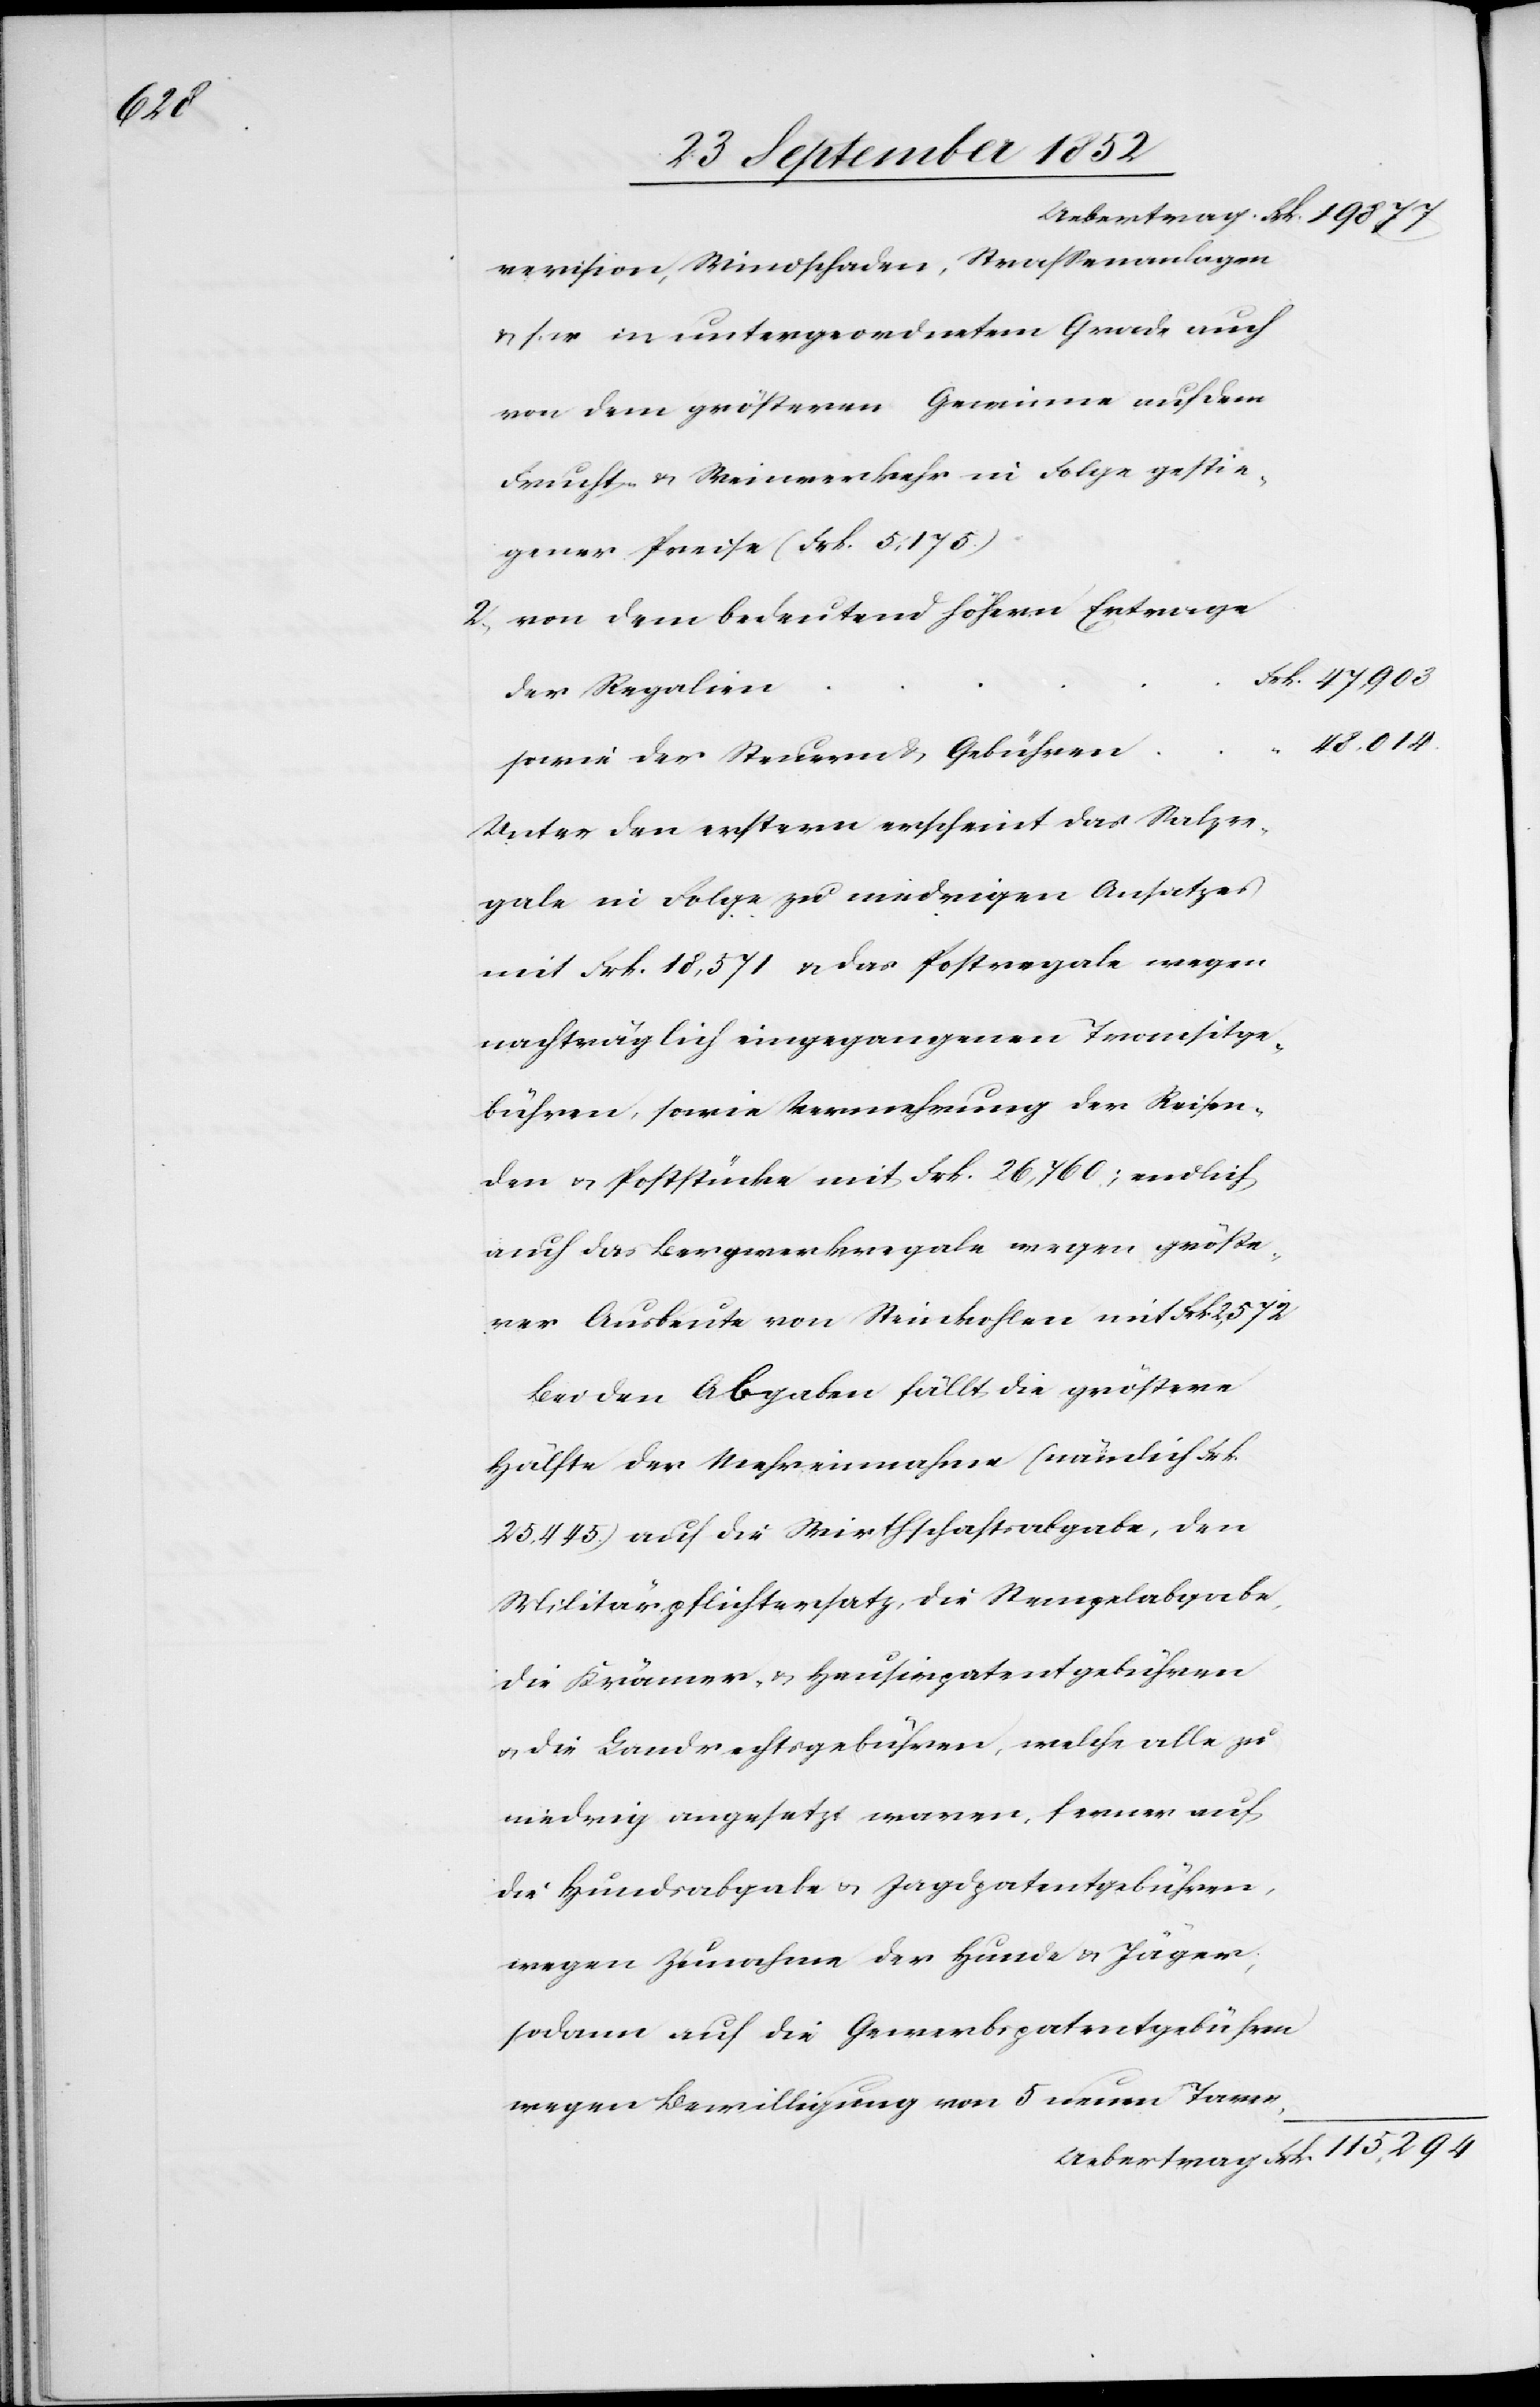
revision, Windschaden, Strassenanlagen
& s. w. in untergeordnetem Grade auch
von dem größeren Gewinne auf dem
Frucht- & Weinverkehr in Folge gestie¬
gener Preise (Frk. 5,175.)
von dem bedeutend höhern Ertrage
Frk. 115,294
der Regalien
48,014.
sowie der Steuern & Gebühren
Unter den erstern erscheint das Salzre¬
gale in Folge zu niedrigen Ansatzes
mit Frk. 18,571 & das Postregale wegen
nachträglich eingegangenen Transitge¬
bühren, sowie Vermehrung der Reisen¬
den & Poststücke mit Frk. 26,760; endlich
auch das Bergwerkregale wegen größe¬
rer Ausbeute von Steinkohlen mit Frk 2,572
Bei den Abgaben fällt die größere
Hälfte der Mehreinnahme (nämlich Frk.
25,445.) auf die Wirthschaftsabgabe, den
Militärpflichtersatz, die Stempelabgabe,
die Krämer- & Hausirpatentgebühren
& die Landrechtsgebühren, welche alle zu
niedrig angesetzt waren, ferner auf
die Hundsabgabe & Jagdpatentgebühren,
wegen Zunahme der Hunde & Jäger;
sodann auf die Gewerbspatentgebühren
wegen Bewilligung von 5 neuen Taver-